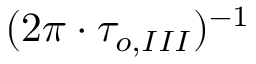
( 2 \pi \cdot \tau _ { o , I I I } ) ^ { - 1 }